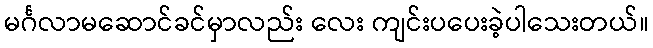
မင်္ဂလာမဆောင်ခင်မှာလည်း လေး ကျင်းပပေးခဲ့ပါသေးတယ်။